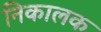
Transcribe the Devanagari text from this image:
निकालक